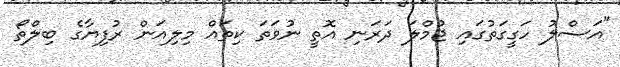
"އަސްލު ހަގީގަތުގައި ޖުމްލަ ދަރަނި އޮތީ ނުވަތަ ކިތައް މިލިއަން ރުފިޔާގެ ބިލްތޯ